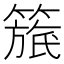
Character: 𥲬